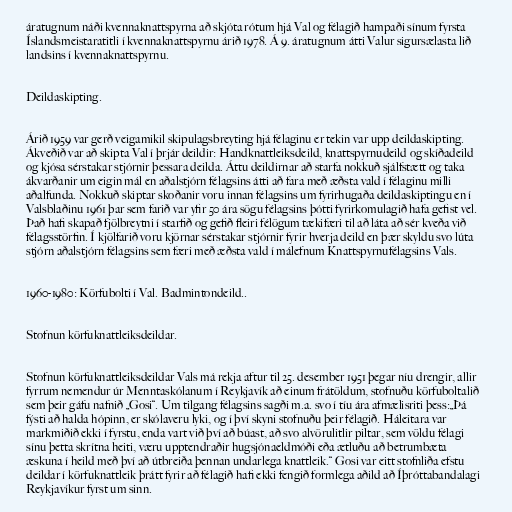
áratugnum náði kvennaknattspyrna að skjóta rótum hjá Val og félagið hampaði sínum fyrsta
Íslandsmeistaratitli í kvennaknattspyrnu árið 1978. Á 9. áratugnum átti Valur sigursælasta lið
landsins í kvennaknattspyrnu.

Deildaskipting.

Árið 1959 var gerð veigamikil skipulagsbreyting hjá félaginu er tekin var upp deildaskipting.
Ákveðið var að skipta Val í þrjár deildir: Handknattleiksdeild, knattspyrnudeild og skíðadeild
og kjósa sérstakar stjórnir þessara deilda. Áttu deildirnar að starfa nokkuð sjálfstætt og taka
ákvarðanir um eigin mál en aðalstjórn félagsins átti að fara með æðsta vald í félaginu milli
aðalfunda. Nokkuð skiptar skoðanir voru innan félagsins um fyrirhugaða deildaskiptingu en í
Valsblaðinu 1961 þar sem farið var yfir 50 ára sögu félagsins þótti fyrirkomulagið hafa gefist vel.
Það hafi skapað fjölbreytni í starfið og gefið fleiri félögum tækifæri til að láta að sér kveða við
félagsstörfin. Í kjölfarið voru kjörnar sérstakar stjórnir fyrir hverja deild en þær skyldu svo lúta
stjórn aðalstjórn félagsins sem færi með æðsta vald í málefnum Knattspyrnufélagsins Vals.

1960-1980: Körfubolti í Val. Badmintondeild..

Stofnun körfuknattleiksdeildar.

Stofnun körfuknattleiksdeildar Vals má rekja aftur til 25. desember 1951 þegar níu drengir, allir
fyrrum nemendur úr Menntaskólanum í Reykjavík að einum frátöldum, stofnuðu körfuboltalið
sem þeir gáfu nafnið „Gosi“. Um tilgang félagsins sagði m.a. svo í tíu ára afmælisriti þess:„Þá
fýsti að halda hópinn, er skólaveru lyki, og í því skyni stofnuðu þeir félagið. Háleitara var
markmiðið ekki í fyrstu, enda vart við því að búast, að svo alvörulitlir piltar, sem völdu félagi
sínu þetta skrítna heiti, væru upptendraðir hugsjónaeldmóði eða ætluðu að betrumbæta
æskuna í heild með því að útbreiða þennan undarlega knattleik.“ Gosi var eitt stofnliða efstu
deildar í körfuknattleik þrátt fyrir að félagið hafi ekki fengið formlega aðild að Íþróttabandalagi
Reykjavíkur fyrst um sinn.